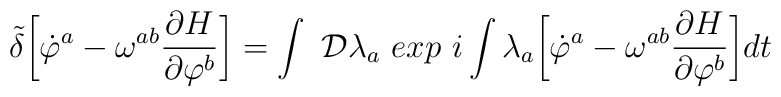
{\tilde{\delta}}\biggl[{\dot\varphi }^{a}-\omega^{ab}{\partial H\over\partial\varphi ^{b}}\biggr]=\int~{\cal D}\lambda_{a}~exp~i\int\lambda_{a}\biggl[{\dot \varphi }^{a}-\omega^{ab}{\partial H\over\partial\varphi ^{b}}\biggr]dt